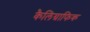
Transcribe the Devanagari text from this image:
कैलिग्राफिक